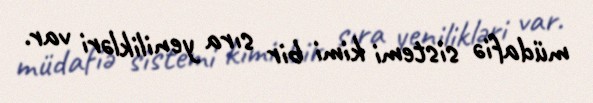
müdafiə sistemi kimi bir sıra yenilikləri var.